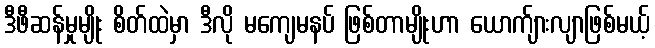
ဒီဖီဆန်မှုမျိုး စိတ်ထဲမှာ ဒီလို မကျေမနပ် ဖြစ်တာမျိုးဟာ ယောက်ျားလျာဖြစ်မယ့်